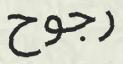
رجوح